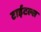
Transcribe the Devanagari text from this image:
टाईटल्स